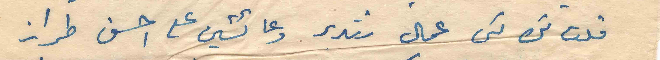
قلت لك لكن عمال تتدبر وعائشين على احسن طراز